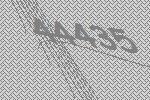
44435